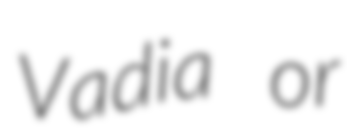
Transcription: Vadia or